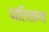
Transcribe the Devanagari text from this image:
पालिताणा